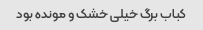
کباب برگ خیلی خشک و مونده بود